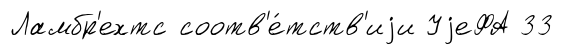
Ламбр'ехтс соотв'е́тств'иjи УjеФА 33